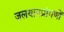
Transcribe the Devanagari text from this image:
जलयानप्रांगणों